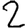
Digit: 2